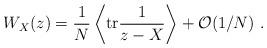
LaTeX: \begin{align*}W_X(z)=\frac{1}{N}\left\langle\mathrm{tr}\frac{1}{z-X}\right\rangle+\mathcal{O}(1/N)\ .\end{align*}